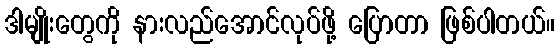
ဒါမျိုးတွေကို နားလည်အောင်လုပ်ဖို့ ပြောတာ ဖြစ်ပါတယ်။